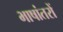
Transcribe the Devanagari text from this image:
भाषांतरों